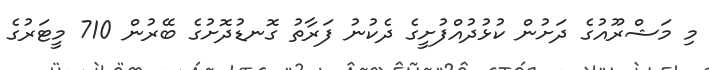
މި މަޝްރޫއުގެ ދަށުން ކުޅުދުއްފުށީގެ ދެކުނު ފަރާތު ގޮނޑުދޮށުގެ ބޭރުން 710 މީޓަރުގެ